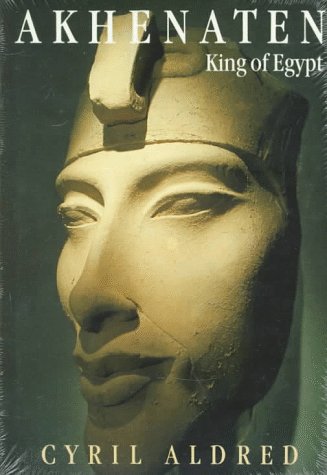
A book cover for Akhenaten: King of Egypt; Cyril Aldred; Biographies & Memoirs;